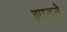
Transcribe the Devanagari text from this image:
झाडूने